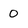
Character: 0